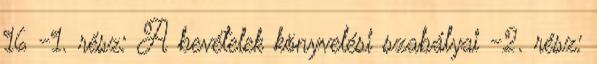
16 -1. rész: A bevételek könyvelési szabályai -2. rész: